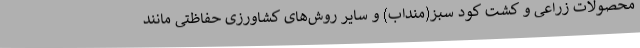
محصولات زراعی و کشت کود سبز(منداب) و سایر روش‌های کشاورزی حفاظتی مانند